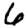
Digit: 6